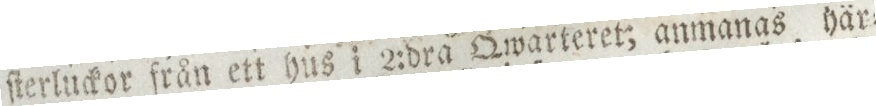
ſterluckor från ett hus i 2:dra Qwarteret; anmanas här=